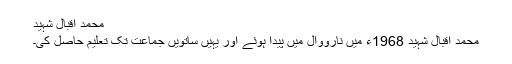
محمد اقبال شہید
محمد اقبال شہید 1968ء میں نارووال میں پیدا ہوئے اور یہیں ساتویں جماعت تک تعلیم حاصل کی۔